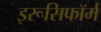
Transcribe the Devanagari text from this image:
इरूसिफॉर्म